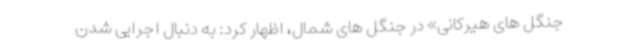
جنگل های هیرکانی» در جنگل های شمال، اظهار کرد: به دنبال اجرایی شدن